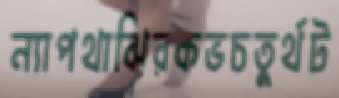
ন্যাপথাঝিরকভচতুর্থট